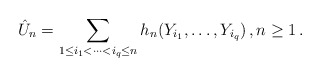
\begin{align*}\hat{U}_n=\sum_{1\le i_1<\cdots<i_q\le n}h_n(Y_{i_1},\ldots,Y_{i_q})\,,n\geq 1\,.\end{align*}